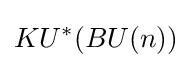
KU^{*}(BU(n))